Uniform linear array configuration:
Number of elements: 12
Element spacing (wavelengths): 0.25
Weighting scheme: hamming
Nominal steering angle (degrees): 45
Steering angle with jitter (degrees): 44.193
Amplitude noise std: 0.05
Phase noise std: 0.05

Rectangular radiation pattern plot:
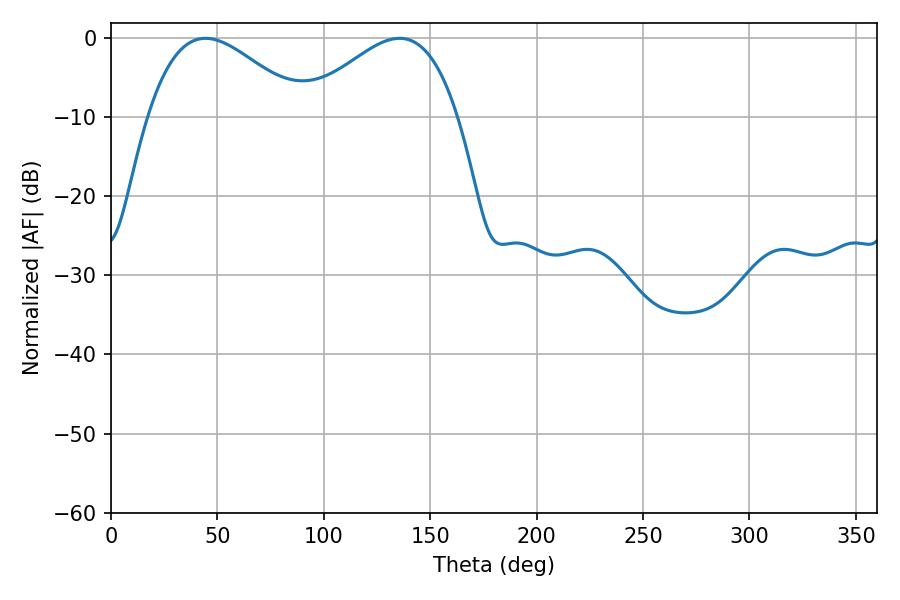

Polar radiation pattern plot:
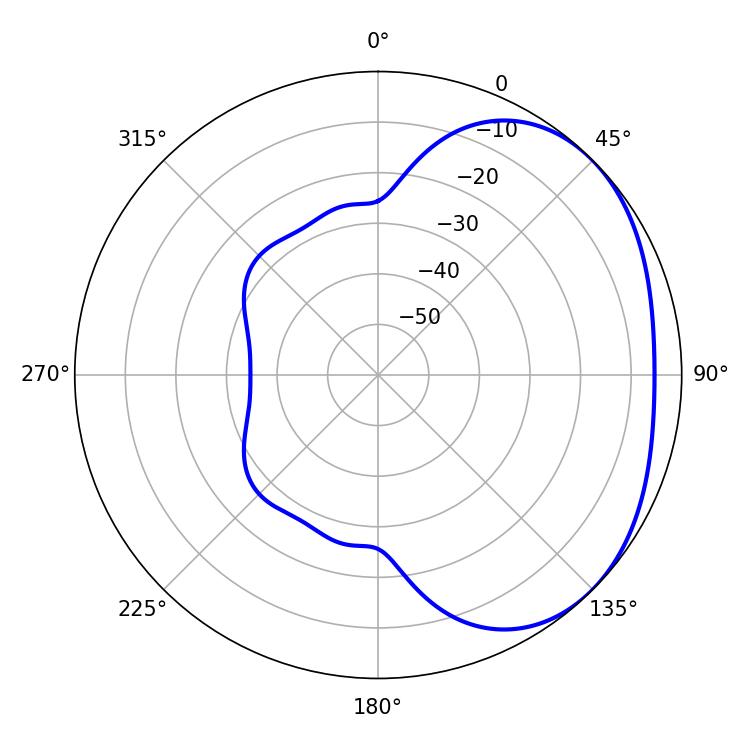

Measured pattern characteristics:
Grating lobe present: FALSE
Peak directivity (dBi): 2.551
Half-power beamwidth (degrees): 39.6
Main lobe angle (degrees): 44.46